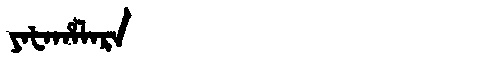
Manchu: ᠶᠠᡶᠠᡥᠠᠯᠠᡵᠠ
Romanization: YAFAHALARA